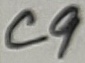
Text: C9